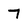
Character: 7